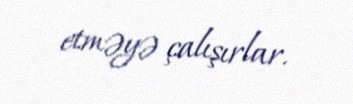
etməyə çalışırlar.